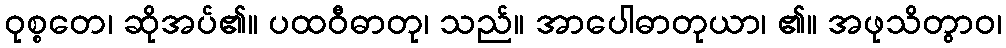
ဝုစ္စတေ၊ ဆိုအပ်၏။ ပထဝီဓာတု၊ သည်။ အာပေါဓာတုယာ၊ ၏။ အဖုသိတွာဝ၊